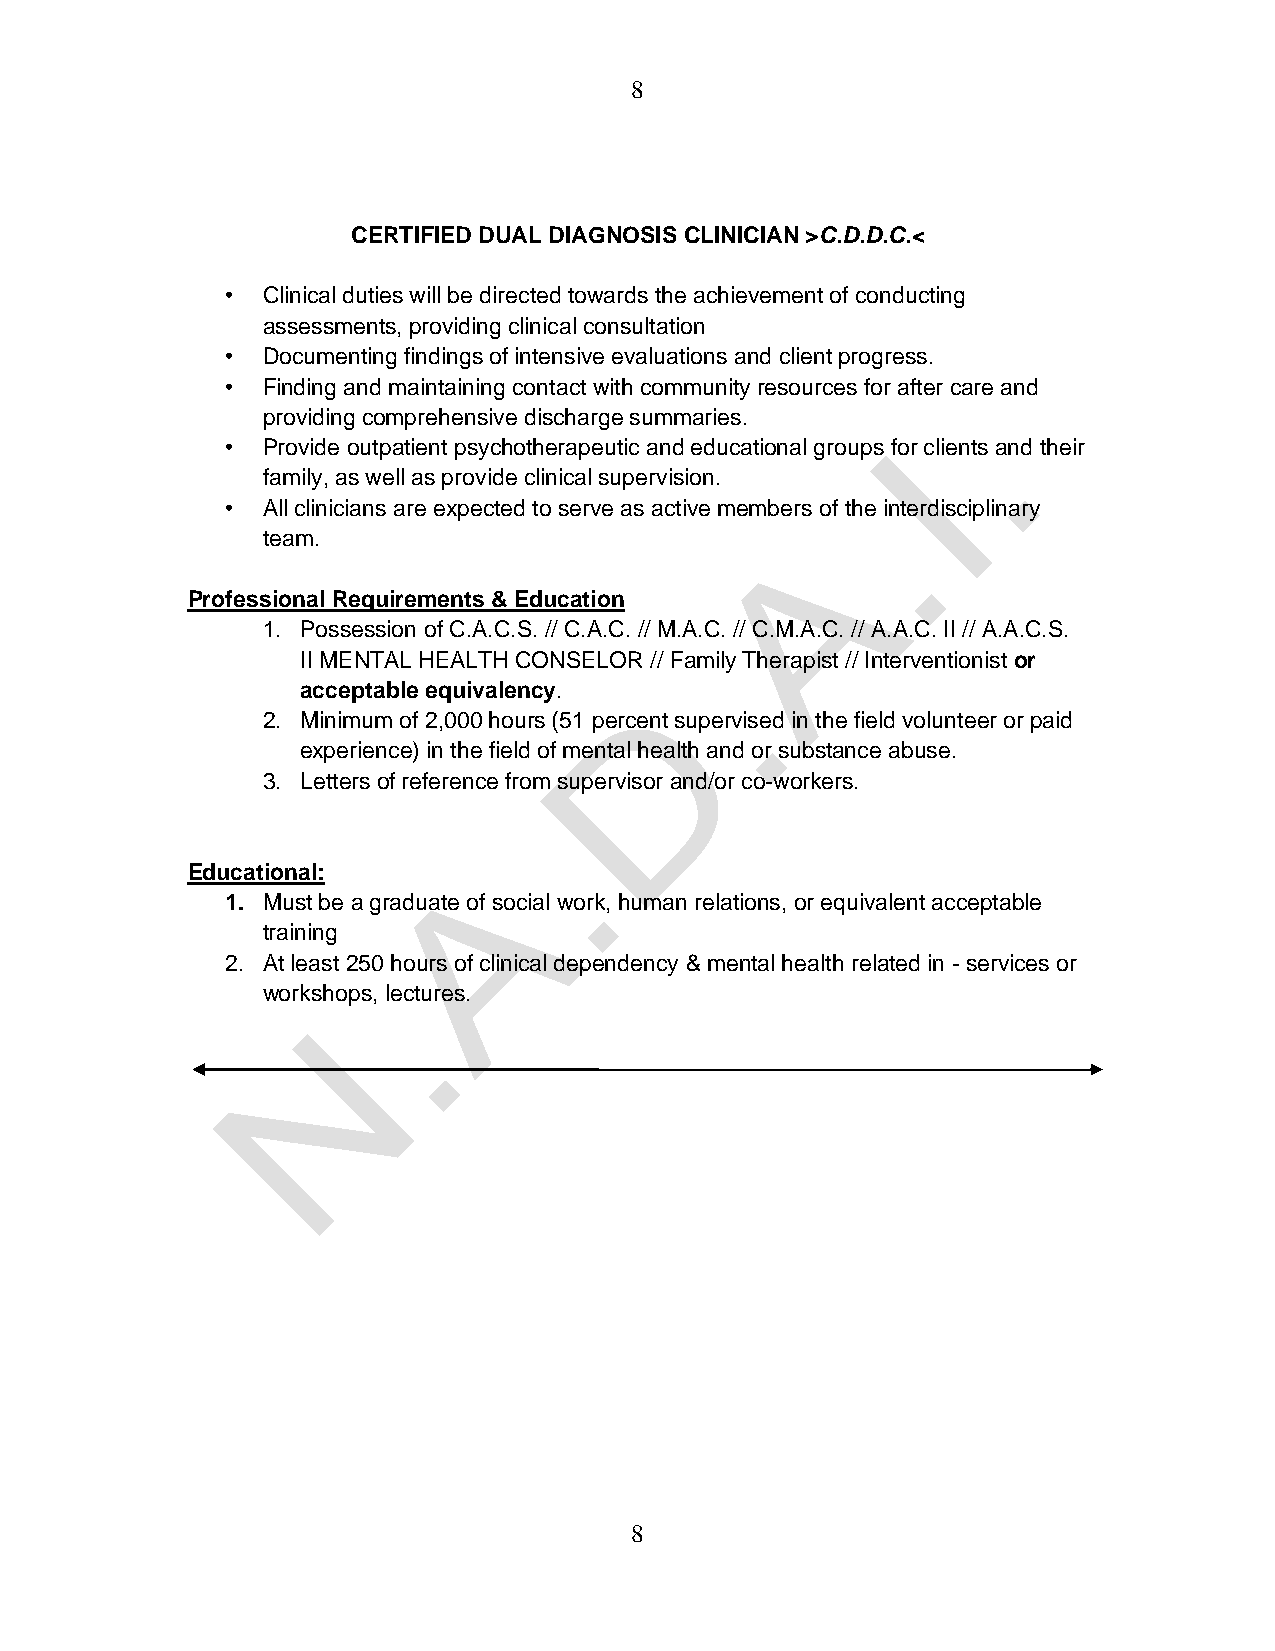
8
 CERTIFIED DUAL DIAGNOSIS CLINICIAN >C.D.D.C.<
 • Clinical duties will be directed towards the achievement of conducting
 assessments, providing clinical consultation
 • Documenting findings of intensive evaluations and client progress.
 • Finding and maintaining contact with community resources for after care and
 providing comprehensive discharge summaries.
 • Provide outpatient psychotherapeutic and educational groups for clients and their
 family, as well as provide clinical supervision.
 • All clinicians are expected to serve as active members of the interdisciplinary
 team.
 Professional Requirements & Education
 1. Possession of C.A.C.S. // C.A.C. // M.A.C. // C.M.A.C. // A.A.C. II // A.A.C.S.
 II MENTAL HEALTH CONSELOR // Family Therapist // Interventionist or
 acceptable equivalency.
 2. Minimum of 2,000 hours (51 percent supervised in the field volunteer or paid
 experience) in the field of mental health and or substance abuse.
 3. Letters of reference from supervisor and/or co-workers.
 Educational:
 1. Must be a graduate of social work, human relations, or equivalent acceptable
 training
 2. At least 250 hours of clinical dependency & mental health related in - services or
 workshops, lectures.
 8